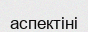
аспектіні